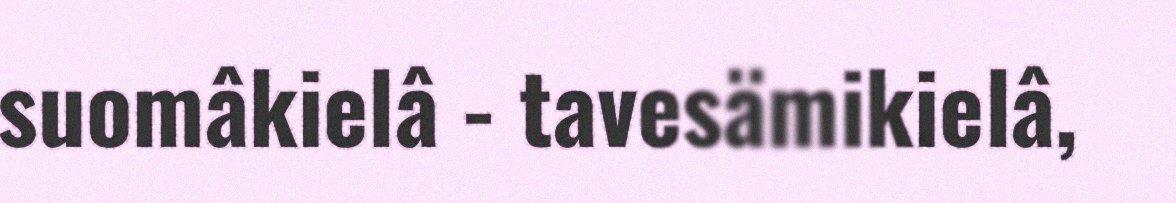
suomâkielâ - tavesämikielâ,